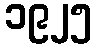
၁၉၂၅